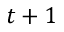
t + 1